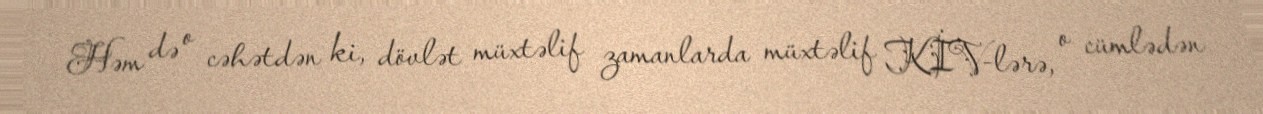
Həm də o cəhətdən ki, dövlət müxtəlif zamanlarda müxtəlif KİV-lərə, o cümlədən